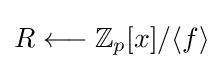
R\longleftarrow \mathbb {Z} _{p}[x]/\langle f\rangle